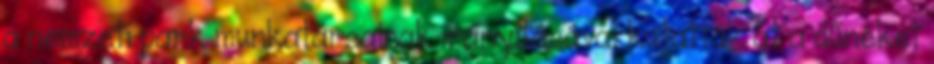
a nemzeti park munkatársainak irányításával kutatták át a dűnéket